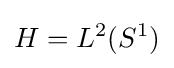
H=L^{2}(S^{1})